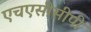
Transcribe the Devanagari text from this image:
एचएसीसीपी